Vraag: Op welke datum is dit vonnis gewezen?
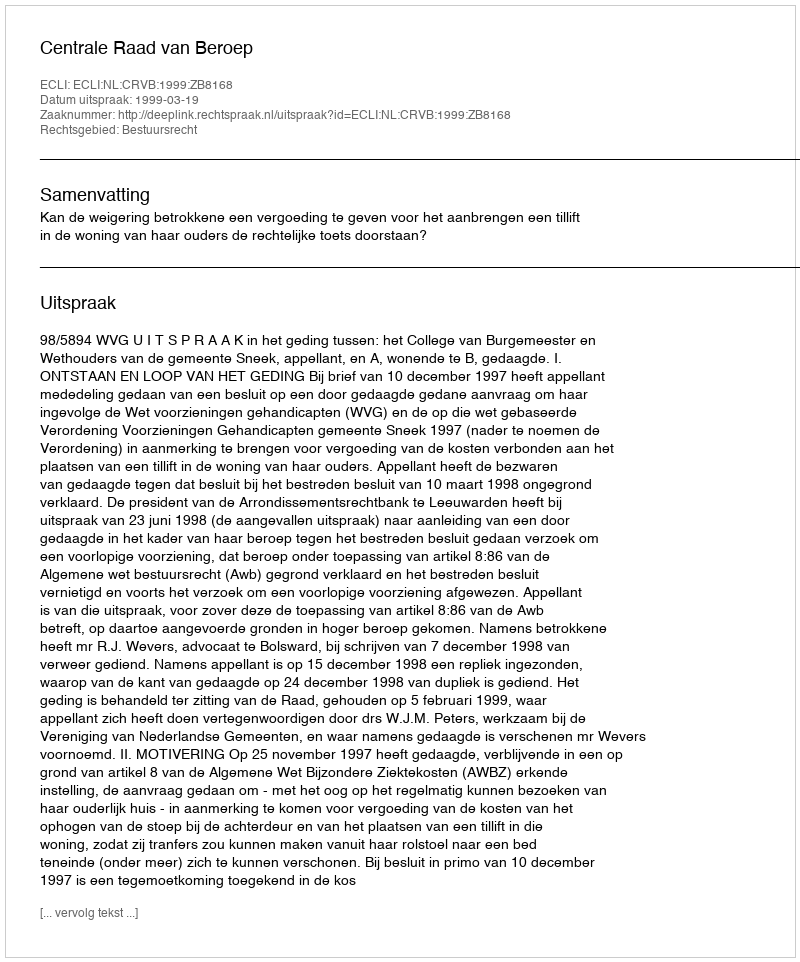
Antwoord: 1999-03-19